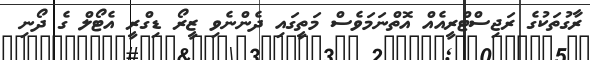
ރާގުތަކުގެ ރަޖިސްޓްރީއެއް އޮތްނަމަވެސް މަތީގައި ދެންނެވި ޒީރޯ ޑިގްރީ އެޓޯލް ގެ ދޯނި